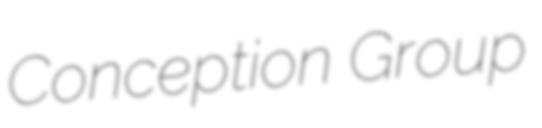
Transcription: Conception Group